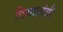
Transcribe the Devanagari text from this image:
दियालोगी